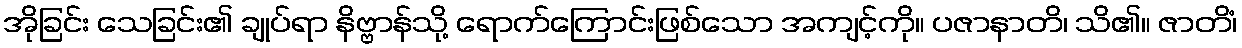
အိုခြင်း သေခြင်း၏ ချုပ်ရာ နိဗ္ဗာန်သို့ ရောက်ကြောင်းဖြစ်သော အကျင့်ကို။ ပဇာနာတိ၊ သိ၏။ ဇာတိံ၊